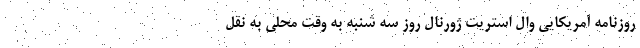
روزنامه آمریکایی وال استریت ژورنال روز سه شنبه به وقت محلی به نقل